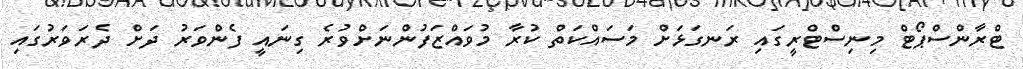
ޓްރާންސްޕޯޓް މިނިސްޓްރީގައި ރަނގަޅަށް މަސައްކަތް ކުރާ މުވައްޒަފުންނަށްވުރެ ގިނައީ ފެންވަރު ދަށް ދެރަވަރުގައި